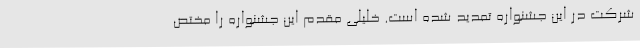
شرکت در این جشنواره تمدید شده است. خلیلی مقدم این جشنواره را مختص